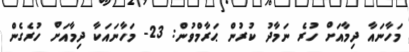
މަހާނައާ ދިމާއަށް ހުރެ ނަމާދު ކުރުން ޙަރާމްވުން: 23- މަހާނައަކާ ދިމާއަށް ހުރެގެން